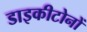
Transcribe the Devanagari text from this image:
डाइकीटोनों